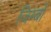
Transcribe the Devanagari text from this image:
जिम्बो